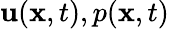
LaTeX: {\mathbf u}({\mathbf x},t),p({\mathbf x},t)